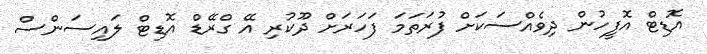
އޮޑިޓް އޮފީހުން ދިވެއްސަކަށް ފުރަތަމަ ފަހަރަށް ދޫކުރި އޭ ގްރޭޑް އޮޑިޓް ލައިސަންސް